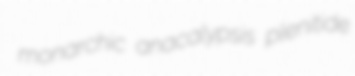
monarchic anacalypsis plenitide